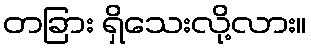
တခြား ရှိသေးလို့လား။